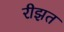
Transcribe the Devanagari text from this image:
रीझत